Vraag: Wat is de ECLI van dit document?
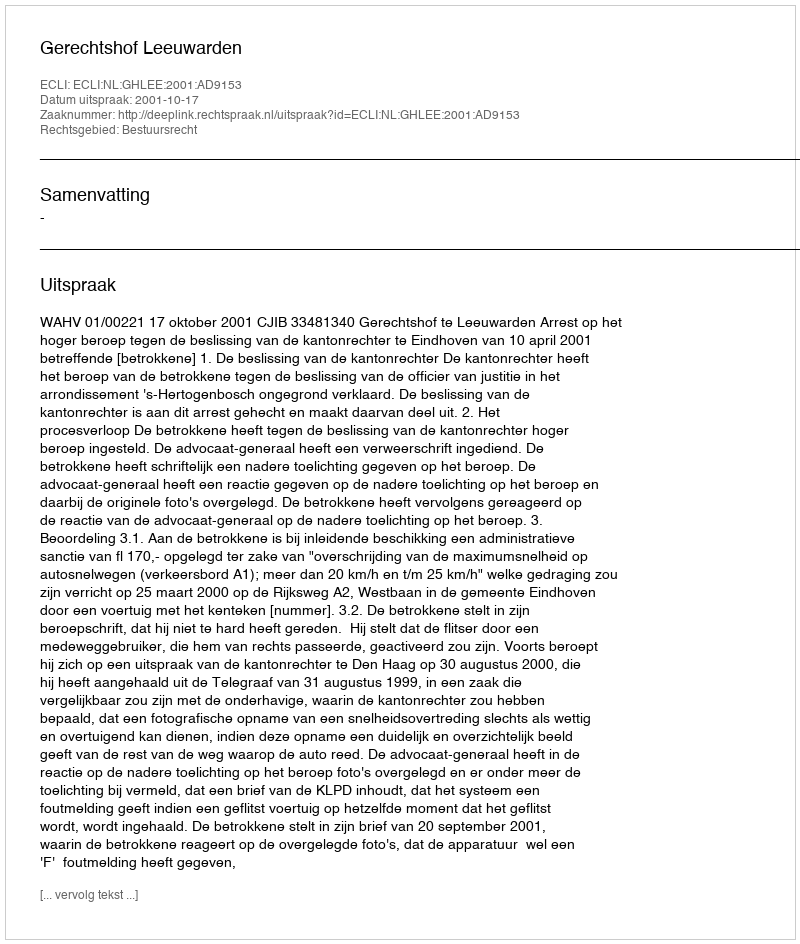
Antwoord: ECLI:NL:GHLEE:2001:AD9153